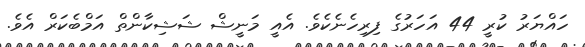
ހައްޔަރު ކުރީ 44 އަހަރުގެ ފިރިހެނެކެވެ. އެއީ މަނީޝް ޝަޝިކާންތް އަމްބެކަރް އެވެ.